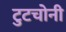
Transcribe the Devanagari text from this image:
टुटचोनी